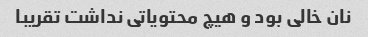
نان خالی بود و هیچ محتویاتی نداشت تقریبا